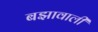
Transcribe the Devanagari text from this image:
बझावाली